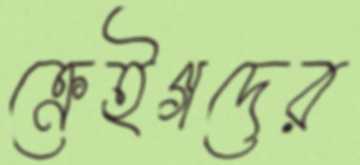
ক্রেইগদের